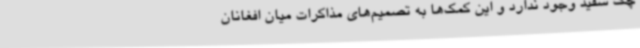
چک سفید وجود ندارد و این کمک‌ها به تصمیم‌های مذاکرات میان افغانان